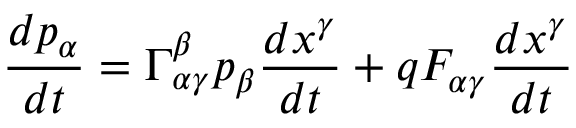
{ \frac { d p _ { \alpha } } { d t } } = \Gamma _ { \alpha \gamma } ^ { \beta } p _ { \beta } { \frac { d x ^ { \gamma } } { d t } } + q F _ { \alpha \gamma } { \frac { d x ^ { \gamma } } { d t } }